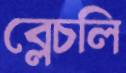
ব্লেচলি